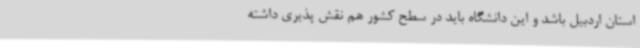
استان اردبیل باشد و این دانشگاه باید در سطح کشور هم نقش پذیری داشته